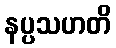
နပ္ပသဟတိ